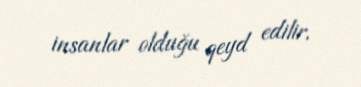
insanlar olduğu qeyd edilir.